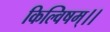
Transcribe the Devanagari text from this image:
किल्विषम्।।